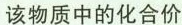
该物质中的化合价